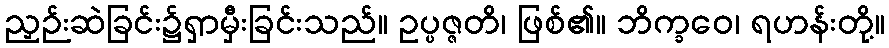
ညှဉ်းဆဲခြင်း၌ရှာမှီးခြင်းသည်။ ဥပ္ပဇ္ဇတိ၊ ဖြစ်၏။ ဘိက္ခဝေ၊ ရဟန်းတို့။